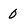
Character: 0